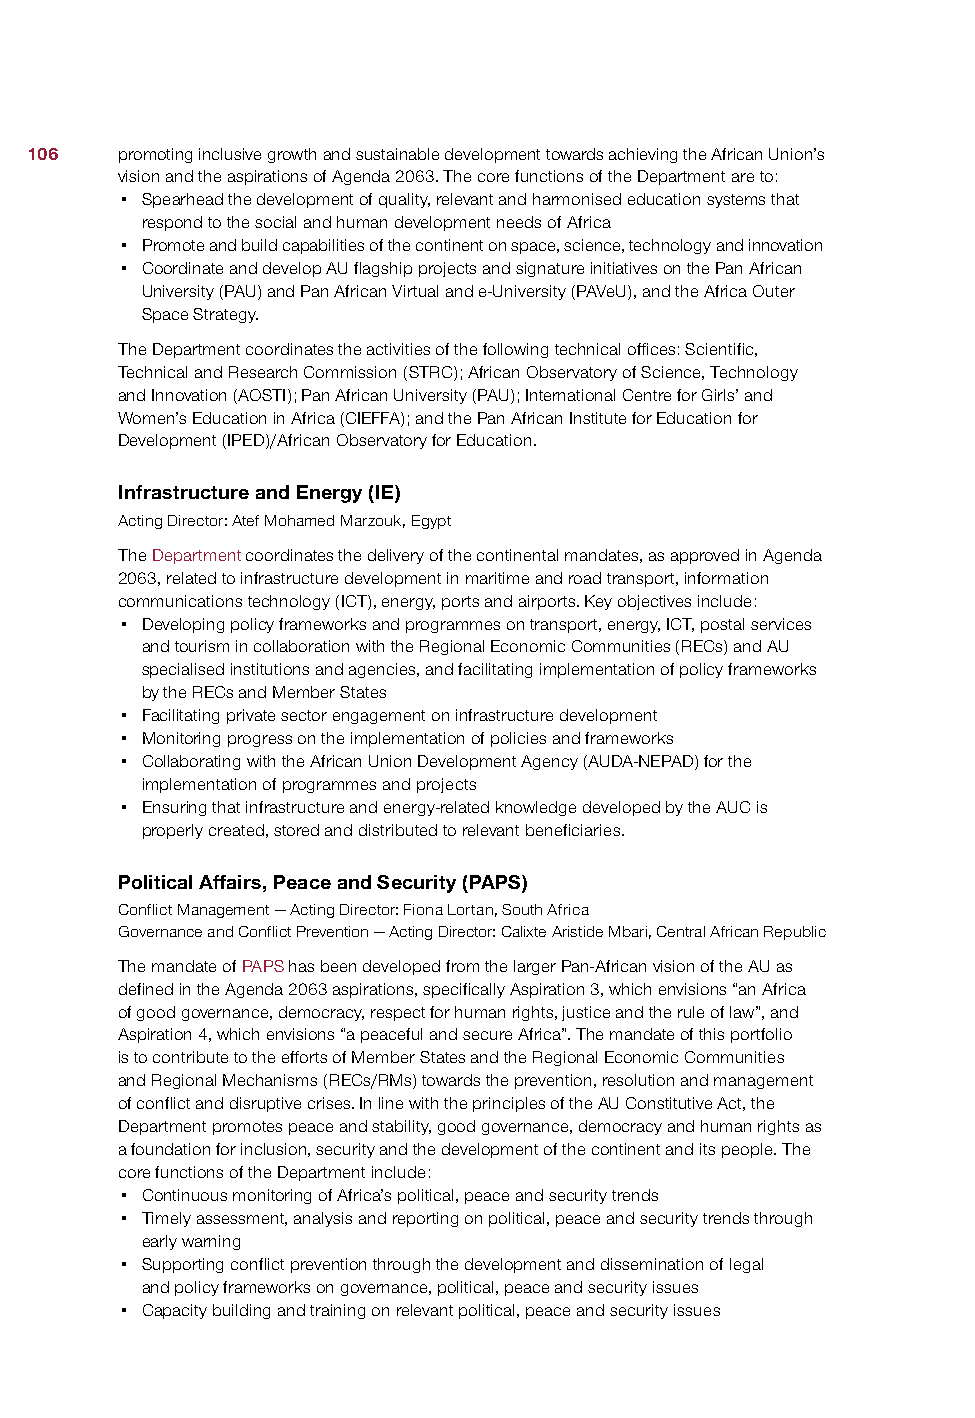
106   promoting inclusive growth and sustainable development towards achieving the African Union’s
 vision and the aspirations of Agenda 2063. The core functions of the Department are to:
 • Spearhead the development of quality, relevant and harmonised education systems that
 respond to the social and human development needs of Africa
 • Promote and build capabilities of the continent on space, science, technology and innovation
 • Coordinate and develop AU flagship projects and signature initiatives on the Pan African
 University (PAU) and Pan African Virtual and e-University (PAVeU), and the Africa Outer
 Space Strategy.
 The Department coordinates the activities of the following technical offices: Scientific,
 Technical and Research Commission (STRC); African Observatory of Science, Technology
 and Innovation (AOSTI); Pan African University (PAU); International Centre for Girls’ and
 Women’s Education in Africa (CIEFFA); and the Pan African Institute for Education for
 Development (IPED)/African Observatory for Education.
 Infrastructure and Energy (IE)
 Acting Director: Atef Mohamed Marzouk, Egypt
 The Department coordinates the delivery of the continental mandates, as approved in Agenda
 2063, related to infrastructure development in maritime and road transport, information
 communications technology (ICT), energy, ports and airports. Key objectives include:
 • Developing policy frameworks and programmes on transport, energy, ICT, postal services
 and tourism in collaboration with the Regional Economic Communities (RECs) and AU
 specialised institutions and agencies, and facilitating implementation of policy frameworks
 by the RECs and Member States
 • Facilitating private sector engagement on infrastructure development
 • Monitoring progress on the implementation of policies and frameworks
 • Collaborating with the African Union Development Agency (AUDA-NEPAD) for the
 implementation of programmes and projects
 • Ensuring that infrastructure and energy-related knowledge developed by the AUC is
 properly created, stored and distributed to relevant beneficiaries.
 Political Affairs, Peace and Security (PAPS)
 Conflict Management — Acting Director: Fiona Lortan, South Africa
 Governance and Conflict Prevention — Acting Director: Calixte Aristide Mbari, Central African Republic
 The mandate of PAPS has been developed from the larger Pan-African vision of the AU as
 defined in the Agenda 2063 aspirations, specifically Aspiration 3, which envisions “an Africa
 of good governance, democracy, respect for human rights, justice and the rule of law”, and
 Aspiration 4, which envisions “a peaceful and secure Africa”. The mandate of this portfolio
 is to contribute to the efforts of Member States and the Regional Economic Communities
 and Regional Mechanisms (RECs/RMs) towards the prevention, resolution and management
 of conflict and disruptive crises. In line with the principles of the AU Constitutive Act, the
 Department promotes peace and stability, good governance, democracy and human rights as
 a foundation for inclusion, security and the development of the continent and its people. The
 core functions of the Department include:
 • Continuous monitoring of Africa’s political, peace and security trends
 • Timely assessment, analysis and reporting on political, peace and security trends through
 early warning
 • Supporting conflict prevention through the development and dissemination of legal
 and policy frameworks on governance, political, peace and security issues
 • Capacity building and training on relevant political, peace and security issues